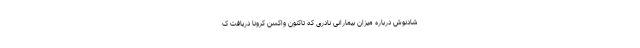
شادنوش درباره میزان بیمارانی نادری که تاکنون واکسن کرونا دریافت ک